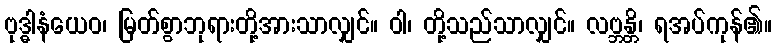
ဗုဒ္ဓါနံယေဝ၊ မြတ်စွာဘုရားတို့အားသာလျှင်။ ဝါ၊ တို့သည်သာလျှင်။ လဗ္ဘန္တိ၊ ရအပ်ကုန်၏။